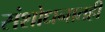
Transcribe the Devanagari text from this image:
संशोधनातही